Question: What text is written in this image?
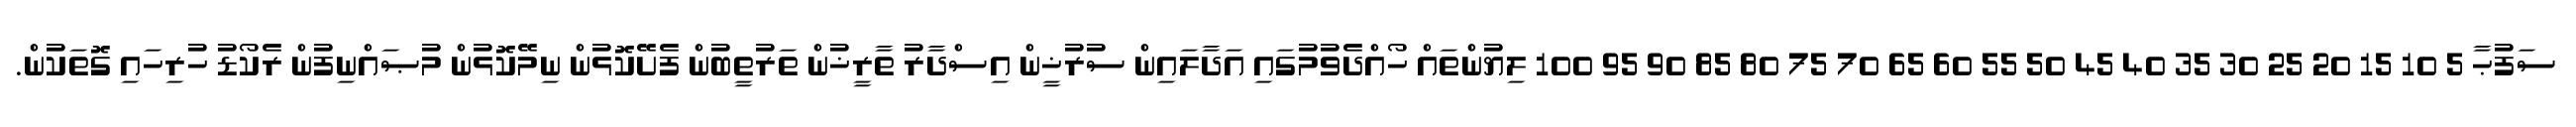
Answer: ސަފުޙާ 5 10 15 20 25 30 35 40 45 50 55 60 65 70 75 80 85 90 95 100 ލިޔުންތައް ހޯއްދެވުމުގައި އަދާލައިން ސުރުޚީން އިސްދާރު ތާރީޚުން ތަރުތީބުން ފެށޭކޮޅުން ނިމޭކޮޅުން މުޞައްނިފުން ރެކޯޑު ހުރިހައި ގޮތަކުން.